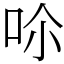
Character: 𠰒